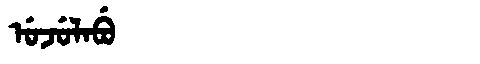
Manchu: ᡠᠵᡠᠯᠠᠪᡠ
Romanization: UJULABU